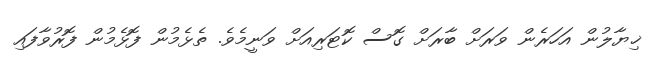
ޚިޔާލުން އަހަރެން ވަރަށް ބާރަށް ގޮސް ކޮޓަރިއަށް ވަނީމެވެ. ތެޅެމުން ފޮޅެމުން ފޮރުވާފައި